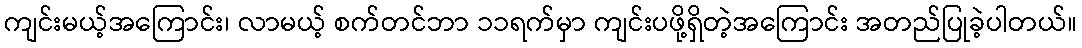
ကျင်းမယ့်အကြောင်း၊ လာမယ့် စက်တင်ဘာ ၁၁ရက်မှာ ကျင်းပဖို့ရှိတဲ့အကြောင်း အတည်ပြုခဲ့ပါတယ်။